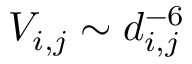
V _ { i , j } \sim d _ { i , j } ^ { - 6 }